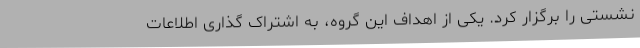
نشستی را برگزار کرد. یکی از اهداف این گروه، به اشتراک گذاری اطلاعات